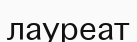
лауреат